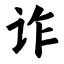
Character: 诈